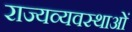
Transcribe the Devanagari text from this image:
राज्यव्यवस्थाओं